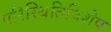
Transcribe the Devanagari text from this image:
परिस्थितिविशेष